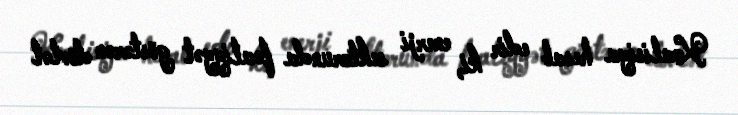
Koalisiya hesab edir ki, enerji sektorunda fəaliyyət göstərən dövlət